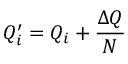
Q _ { i } ^ { \prime } = Q _ { i } + \frac { \Delta Q } { N }